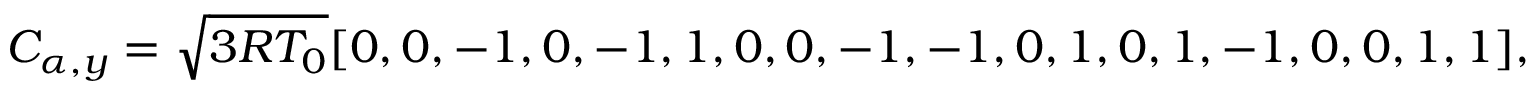
C _ { \alpha , y } = \sqrt { 3 R T _ { 0 } } [ 0 , 0 , - 1 , 0 , - 1 , 1 , 0 , 0 , - 1 , - 1 , 0 , 1 , 0 , 1 , - 1 , 0 , 0 , 1 , 1 ] ,